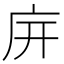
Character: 𢇩